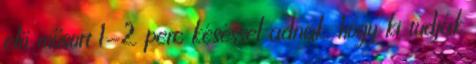
elő műsort 1-2 perc késéssel adnak, hogy ki tudják